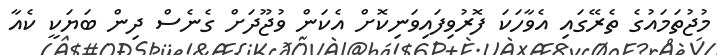
މުޖުތަމައުގެ ތެރޭގައި އެވާހަކަ ފޮރުވިފައިވަނިކޮށް އެކަން ވުޖޫދަށް ގެނެސް ދިން ބަޔަކީ ކެއާ